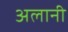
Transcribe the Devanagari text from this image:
अलानी